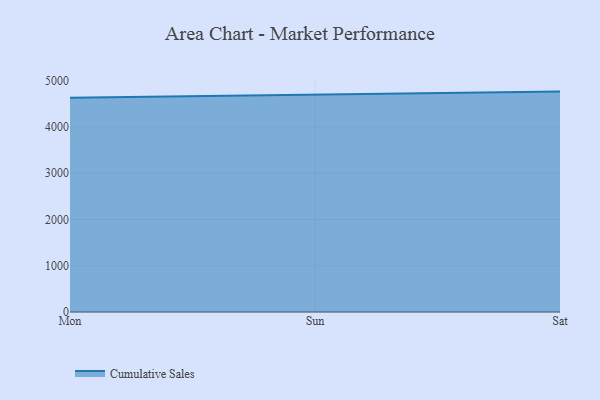
{"axis": {"x": "Day", "y": "Inventory Turnover"}, "legend": ["Cumulative Sales"], "data": [{"x": "Mon", "y": 4635.9, "type": "Cumulative Sales"}, {"x": "Sun", "y": 4709.2, "type": "Cumulative Sales"}, {"x": "Sat", "y": 4766.5, "type": "Cumulative Sales"}]}